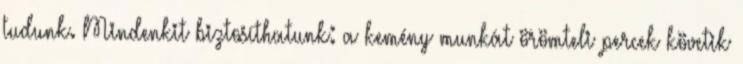
tudunk. Mindenkit biztosíthatunk: a kemény munkát örömteli percek követik